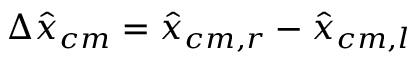
\Delta \hat { x } _ { c m } = \hat { x } _ { c m , r } - \hat { x } _ { c m , l }